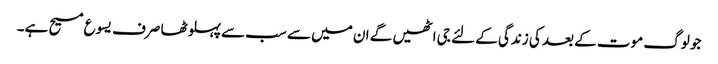
جو لوگ موت کے بعد کی زندگی کے لئے جی اٹھیں گے ان میں سے سب سےپہلوٹھا صرف یسوع مسیح ہے۔